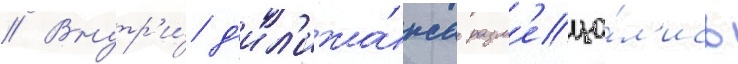
// Внутр'и́ д'ил'ижа́нса разм'еща́л'ись